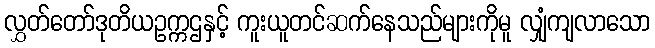
လွှတ်တော်ဒုတိယဥက္ကဌနှင့် ကူးယူတင်ဆက်နေသည်များကိုမူ လျှံကျလာသော